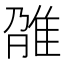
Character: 𨾫